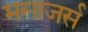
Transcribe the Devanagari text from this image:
मसाजर्स